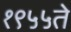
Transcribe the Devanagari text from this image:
१९५५ते